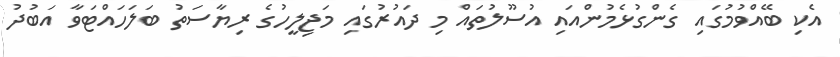
އެކި ބޭއްވުމުގައި ގެންގުޅެމުންއައި އުސޫލުތައް މި ދައުރުގައި މަޖިލީހުގެ ރިޔާސަތު ބަލަހައްޓަވާ އަބުދު